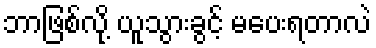
ဘာဖြစ်လို့ ယူသွားခွင့် မပေးရတာလဲ